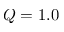
Q = 1 . 0